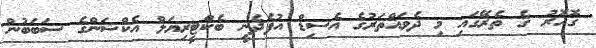
ގޮހޮރު ގެ ތެރޭގައި މި ދެވައްތަރުގެ އެސިޑް އުފެދެނީ ބެކްޓީރިޔަލް އެކްޝަންގެ ސަބަބުން